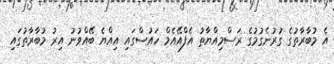
އެ މުބާރާތުގެ ގުރުނެގުމުގެ ރަސްމިއްޔާތު އެފްއޭއެމް ހައުސްގައި އިއްޔެ ބޭއްވުނު އިރު މުބާރާތުގައި